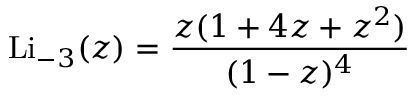
\operatorname { L i } _ { - 3 } ( z ) = { \frac { z ( 1 + 4 z + z ^ { 2 } ) } { ( 1 - z ) ^ { 4 } } }